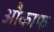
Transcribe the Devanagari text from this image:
औकाफ